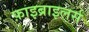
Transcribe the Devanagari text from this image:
फ़ाइब्राइलर्स